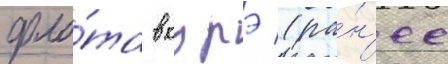
фло́та в курэ (ра́н'ее